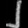
Digit: ၂